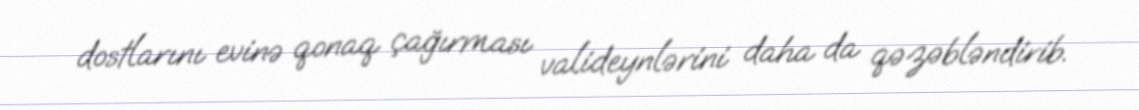
dostlarını evinə qonaq çağırması valideynlərini daha da qəzəbləndirib.